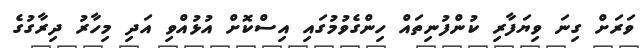
ވަރަށް ގިނަ ވިޔަފާރި ކުންފުނިތައް ހިންގެވުމުގައި އިސްކޮށް އުޅުއްވި އަދި މިހާރު ދިރާގުގެ